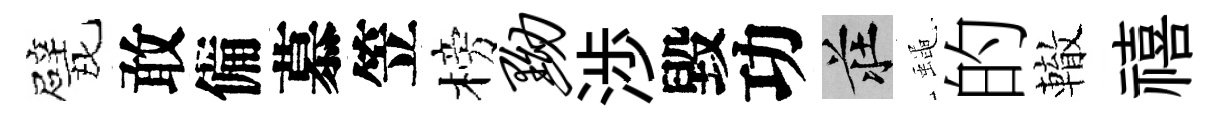
戏敢備慕笠榜黝渉毀功莊蠅的轍禧